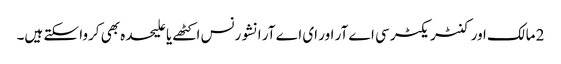
2 مالک اور کنٹریکٹر سی اے آر اور ای اے آر انشورنس اکٹھے یا علیحدہ بھی کروا سکتے ہیں۔